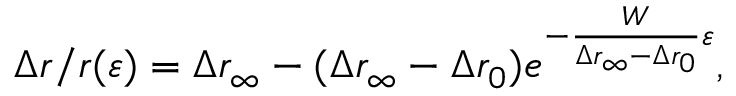
\Delta r / r ( \varepsilon ) = \Delta r _ { \infty } - ( \Delta r _ { \infty } - \Delta r _ { 0 } ) e ^ { - \frac { W } { \Delta r _ { \infty } - \Delta r _ { 0 } } \varepsilon } ,